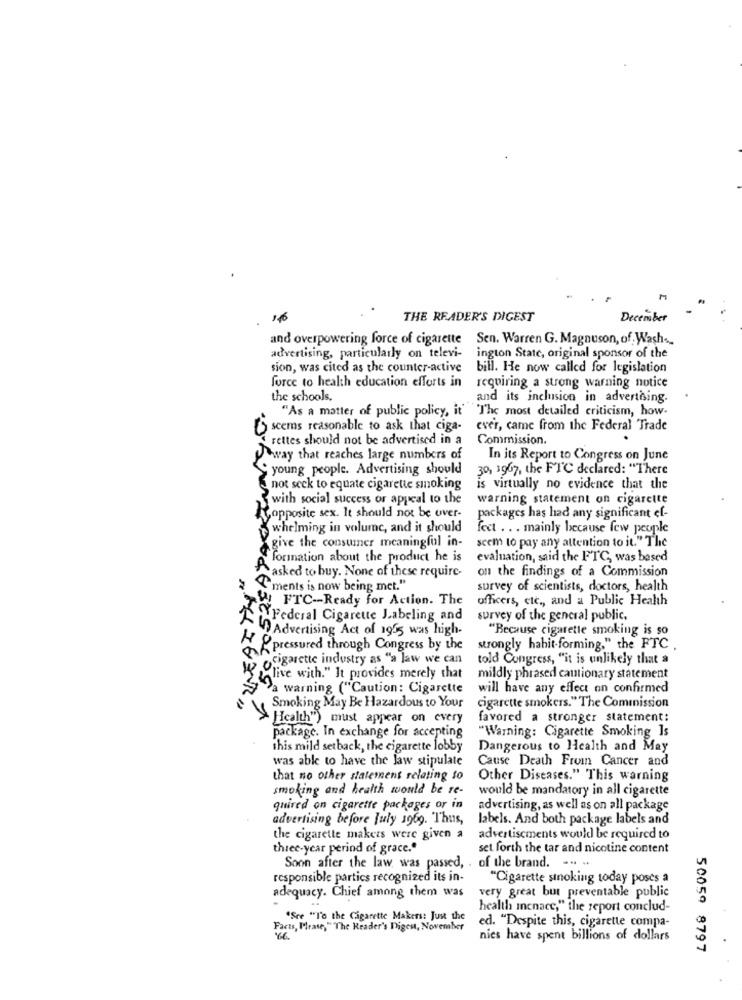
THE READER'S DIGEST
December
and overpowering force of cigarette Sen. Warren G. Magnuson, of Wash-
advertising, particularly on televi-
ington State, original sponsor of the
sion, was cited as the counter-active bill. He now called for legislation
force to health education efforts in
requiring a strong warning notice
the schools,
and its inclusion in advertising.
"As a matter of public policy, it' 'The most detailed criticism, how.
() seems reasonable to ask that ciga-
ever, came from the Federal Trade
rettes should not be advertised in a
Commission.
way that reaches large numbers of
In its Report to Congress on June
young people. Advertising should
30, 1907, the FTC declared: "There
not seck to equate cigarette smoking
is virtually no evidence that the
with social success or appeal to the
warning statement on cigarette
opposite sex. It should not be over-
packages has had any significant ef-
whelming in volume, and it should
fect . . . mainly because few people
give the consumer meaningful in-
seem to pay any attention to it." The
formation about the product he is
evaluation, said the FTC, was based
on the findings of a Commission
Pasked to buy. None of these require-
> "ments is now being met."
survey of scientists, doctors, health
! FTC-Ready for Action. The
officers, etc ., and a Public Health
Federal Cigarette J.abeling and
survey of the general public.
Advertising Act of 1955 was high-
"Because cigarette smoking is so
I pressured through Congress by the
strongly hahit-forming." the FTC
w> cigarette industry as "a law we can
told Congress, "it is unlikely that a
live with." It provides merely that
mildly phrased cautionary statement
a warning ("Caution: Cigarette
will have any effect on confirmed
R.
Smoking May Be Hazardous to Your
cigarette smokers." The Commission
Health") must appear on every
favored a stronger statement:
package. In exchange for accepting
"Warning: Cigarette Smoking Is
this mild setback, the cigarette lobby
Dangerous to Health and May
was able to have the law stipulate
Cause Death Fromn Cancer and
that no other statement relating to
Other Diseases." This warning
smoking and health would be re-
would be mandatory in all cigarette
quired on cigarette packages or in
advertising, as well as on all package
advertising before July 1969. Thus,
labels. And both package labels and
the cigarette makers were given a
advertisements would be required to
three-year period of grace."
set forth the tar and nicotine content
Soon after the law was passed, . of the brand. -. ..
responsible partics recognized its in-
"Cigarette sinoking today posts a
adequacy. Chief among them was
very great but preventable public
health inenace," the report conclud-
"Sre "To the Cigarette Makers: Just the
Facts, Please," "The Reader's Digest, November
ed. "Despite this, cigarette compa-
nies have spent billions of dollars
50059 8797